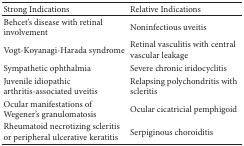
| Strong Indications | Relative Indications |
 | --- | --- |
 | Behcet's disease with retinal involvement | Noninfectious uveitis |
 | Vogt-Koyanagi-Harada syndrome | Retinal vasculitis with central vascular leakage |
 | Sympathetic ophthalmia | Severe chronic iridocyclitis |
 | Juvenile idiopathic arthritis-associated uveitis | Relapsing polychondritis with scleritis |
 | Ocular manifestations of Wegener's granulomatosis | Ocular cicatricial pemphigoid |
 | Rheumatoid necrotizing scleritis or peripheral ulcerative keratitis | Serpiginous choroiditis |